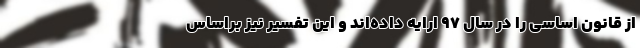
از قانون اساسی را در سال ۹۷ ارایه داده‌اند و این تفسیر نیز براساس